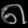
Digit: ၈